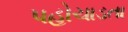
પહોચાડતા